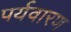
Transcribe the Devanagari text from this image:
पर्यवारण